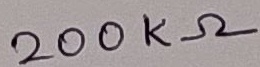
Text: 200KΩ